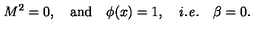
M ^ { 2 } = 0 , \quad \mathrm { a n d } \quad \phi ( x ) = 1 , \quad \mathrm { { \it i . e . } } \quad \beta = 0 .